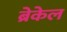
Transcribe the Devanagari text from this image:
ब्रेकेल